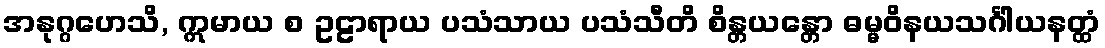
အနုဂ္ဂဟေသိ, ဣမာယ စ ဥဠာရာယ ပသံသာယ ပသံသီတိ စိန္တယန္တော ဓမ္မဝိနယသင်္ဂါယနတ္ထံ